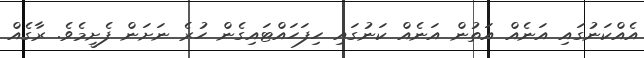
އެއްކަނުގައި އަނެއް އަތުން އަނެއް ކަނުގައި ހިފަހައްޓައިގެން ހުރެ ނަށަން ފެށީމެވެ. ރާގެއް